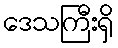
ဒေသကြီးရှိ